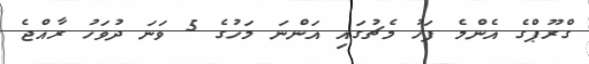
ގްރޫޕްގެ އެންމެ ފަހު މެޗުގައި އަންނަ މަހުގެ 5 ވަނަ ދުވަހު ރާއްޖެ